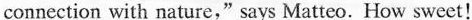
onnection with nature,"says Matteo. How sweet!